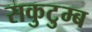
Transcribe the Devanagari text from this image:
सकुटुम्ब